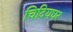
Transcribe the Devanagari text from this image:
चिदियघर